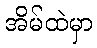
အိမ်ထဲမှာ